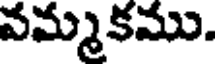
వమ్మకము.